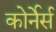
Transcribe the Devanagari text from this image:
कोर्नेर्स